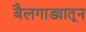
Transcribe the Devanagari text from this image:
बैलगाड्यातून